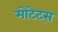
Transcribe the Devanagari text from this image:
मोटेट्स